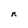
Character: n